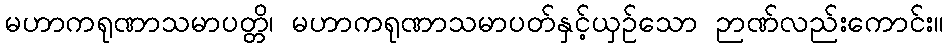
မဟာကရုဏာသမာပတ္တိ၊ မဟာကရုဏာသမာပတ်နှင့်ယှဉ်သော ဉာဏ်လည်းကောင်း။